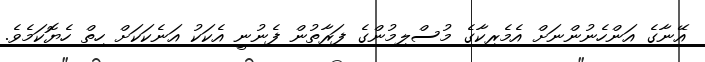
އޭނާގެ އަންހެނުންނަށް އެމެރިކާގެ މުސްލިމުންގެ ފަރާތުން ފެނުނީ އެކަކު އަނެކަކަށް ހިތް ހެޔޮކަމެވެ.